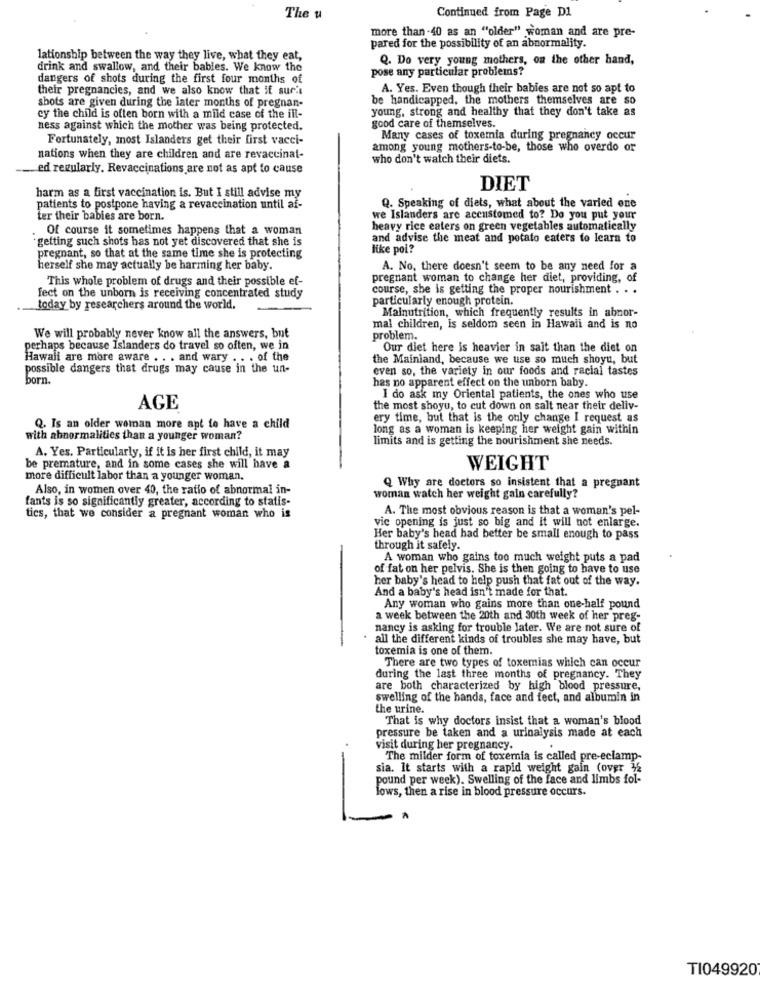
The u
Continued from Page D1
more than -40 as an "older" woman and are pre-
pared for the possibility of an abnormality.
lationship between the way they live, what they eat,
Q. Do very young mothers, on the other hand,
drink and swallow, and their babies. We know the
pose any particular problems?
dangers of shots during the first four months of
their pregnancies, and we also know that if sur's
A. Yes. Even though their babies are not so apt to
shots are given during the later months of pregnan-
be handicapped. the mothers themselves are so
young, strong and healthy that they don't take as
cy the child is often born with a mild case of the ill-
ness against which the mother was being protected.
good care of themselves.
Fortunately, most Islanders get their first vacci-
Many cases of toxemia during pregnancy occur
among young mothers-to-be, those who overdo or
nations when they are children and are revaccinat-
who don't watch their diets.
ed regularly. Revaccinations are not as apt to cause
harm as a first vaccination is. But I still advise my
DIET
patients to postpone having a revaccination until af-
Q. Speaking of diets, what about the varied one
ter their babies are born.
we Islanders are accustomed to? Do you put your
Of course it sometimes happens that a woman
heavy rice eaters on green vegetables automatically
"getting such shots has not yet discovered that she is
and advise the meat and potato eaters to learn to
like poi?
pregnant, so that at the same time she is protecting
herself she may actually be harming her baby.
A. No, there doesn't seem to be any need for a
This whole problem of drugs and their possible ef-
pregnant woman to change her diet, providing, of
course, she is getting the proper nourishment . . .
fect on the unborn is receiving concentrated study
particularly enough protein.
today by researchers around the world.
Mainutrition, which frequently results in abnor-
mal children, is seldom seen in Hawaii and is no
We will probably never know all the answers, but
problem.
perhaps because Islanders do travel so often, we in
Our diet here is heavier in salt than the diet on
Hawaii are more aware . . . and wary . . . of the
the Mainland, because we use so much shoyu, but
possible dangers that drugs may cause in the un-
even so, the variety in our foods and racial tastes
born.
has no apparent effect on the unborn baby.
I do ask my Oriental patients, the ones who use
AGE
the most shoyu, to cut down on salt near their deliv-
ery time, but that is the only change I request as
Q. Is an older woman more apt to have a child
long as a woman is keeping her weight gain within
with abnormalities than a younger woman?
limits and is getting the nourishment she needs.
A. Yes, Particularly, if it is her first child, it may
be premature, and in some cases she will have a
WEIGHT
more difficult labor than a younger woman,
Also, in women over 40, the ratio of abnormal in-
Q Why are doctors so insistent that a pregnant
fants is so significantly greater, according to statis-
woman watch her weight gain carefully?
A. The most obvious reason is that a woman's pel-
tics, that we consider a pregnant woman who is
vic opening is just so big and it will not enlarge.
Her baby's head had better be small enough to pass
through it safely.
A woman who gains too much weight puts a pad
of fat on her pelvis. She is then going to have to use
her baby's head to help push that fat out of the way.
And a baby's head isn't made for that.
Any woman who gains more than one-half pound
a week between the 20th and 30th week of her preg-
nancy is asking for trouble later. We are not sure of
all the different kinds of troubles she may have, but
toxemia is one of them.
There are two types of toxemias which can occur
during the last three months of pregnancy. They
are both characterized by high blood pressure,
swelling of the hands, face and fect, and albumin in
the urine.
That is why doctors insist that a woman's blood
pressure be taken and a urinalysis made at each
visit during her pregnancy.
The milder form of toxemia is called pre-eclamp-
sia. It starts with a rapid weight gain (over 12
-
pound per week). Swelling of the face and limbs fol-
lows, then a rise in blood pressure occurs.
TI049920